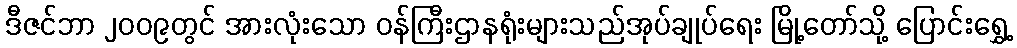
ဒီဇင်ဘာ ၂၀၀၉တွင် အားလုံးသော ဝန်ကြီးဌာနရုံးများသည်အုပ်ချုပ်ရေး မြို့တော်သို့ ပြောင်းရွှေ့